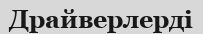
Драйверлерді